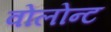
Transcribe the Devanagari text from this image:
वोलोन्ट